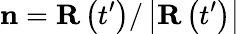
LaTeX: \mathbf{n}=\mathbf{R}\left(t^{\prime}\right)/\left|\mathbf{R}\left(t^{\prime}\right)\right|